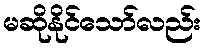
မဆိုနိုင်သော်လည်း